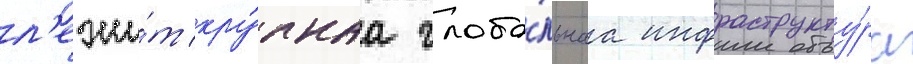
л'ежи́т кру́пнаа глоба́льнаа инфраструкту́ра